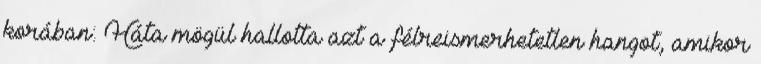
korában: Háta mögül hallotta azt a félreismerhetetlen hangot, amikor